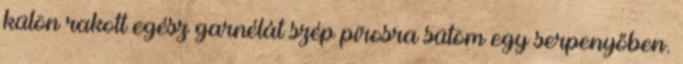
külön rakott egész garnélát szép pirosra sütöm egy serpenyőben.